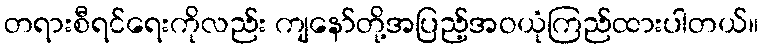
တရားစီရင်ရေးကိုလည်း ကျနော်တို့အပြည့်အဝယုံကြည်ထားပါတယ်။